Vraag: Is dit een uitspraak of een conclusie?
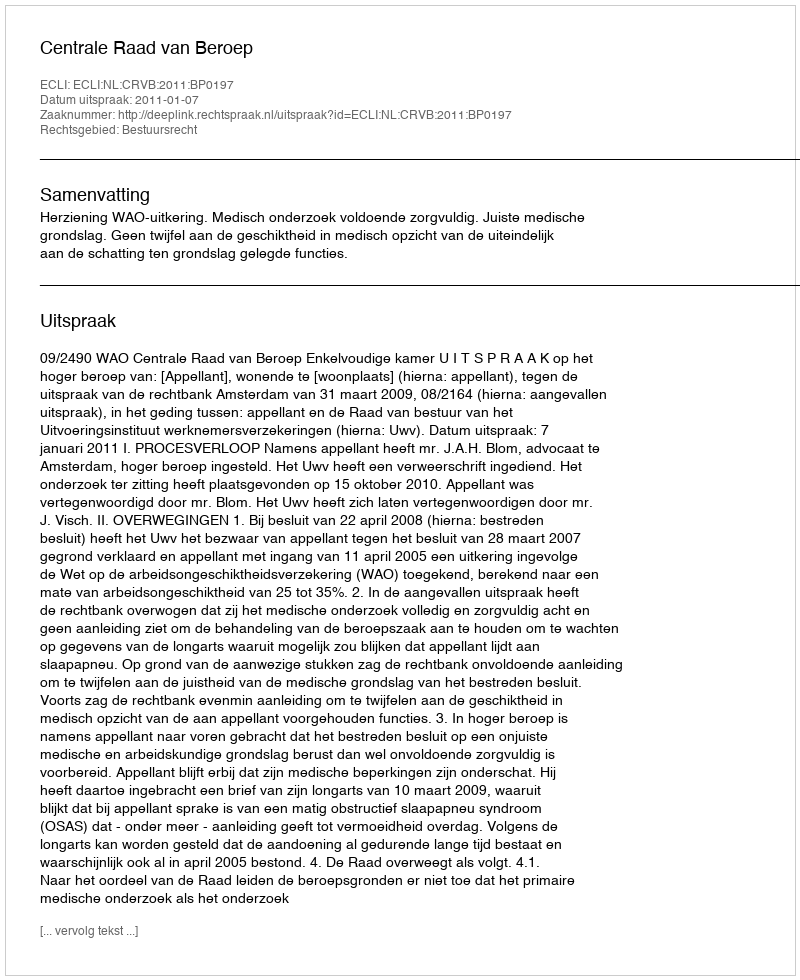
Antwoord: Uitspraak